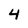
Character: 4